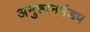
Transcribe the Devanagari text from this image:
अनुष्ठानमंडप